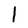
Character: 1